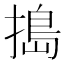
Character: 搗